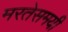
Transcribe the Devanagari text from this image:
मरतेसमयी